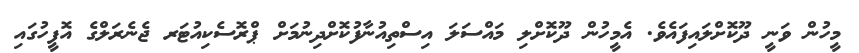
މީހުން ވަނީ ދޫކޮށްލައިފައެވެ. އެމީހުން ދޫކޮށްލި މައްސަލަ އިސްތިއުނާފުކޮށްދިނުމަށް ޕްރޮސެކިއުޓަރ ޖެނެރަލްގެ އޮފީހުގައި